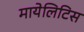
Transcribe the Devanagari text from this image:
मायेलिटिस